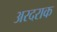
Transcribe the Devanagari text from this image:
अरदराक